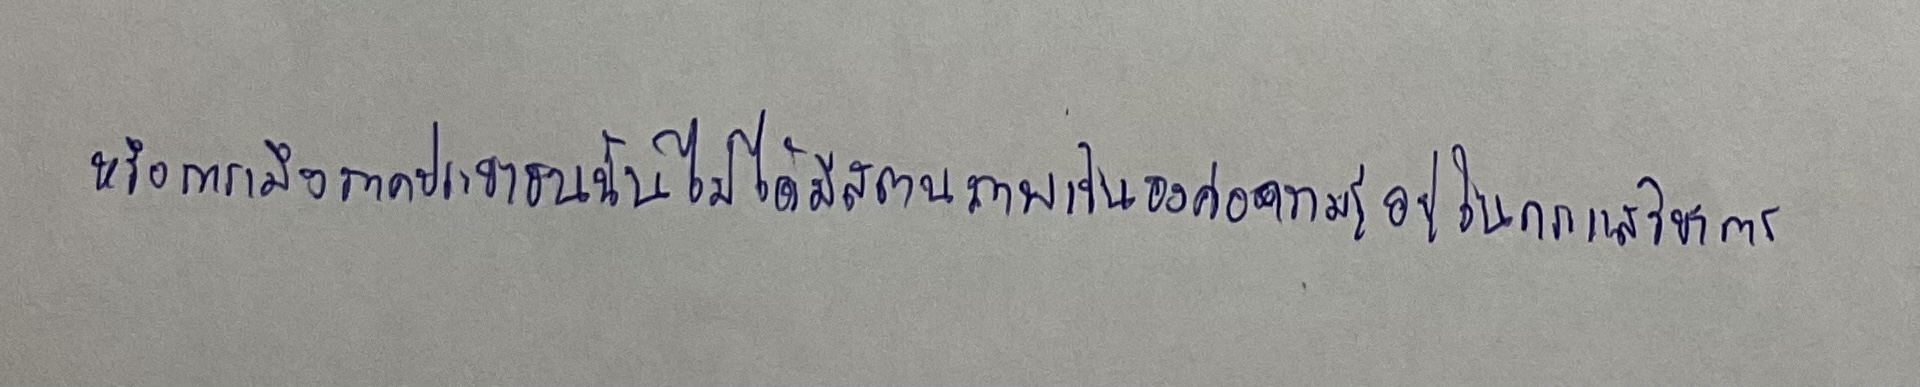
หรือการเมืองภาคประชาชนนั้นไม่ได้มีสถานภาพเป็นองค์ความรู้อยู่ในกระแสวิชาการ